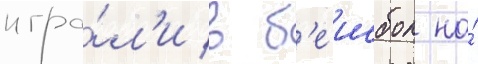
игра́л'и в б'еисбол на́